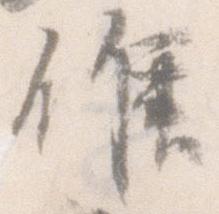
候